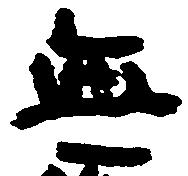
無